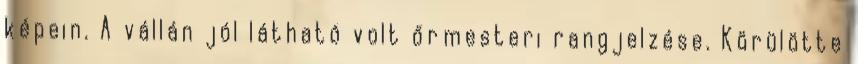
képein. A vállán jól látható volt őrmesteri rangjelzése. Körülötte